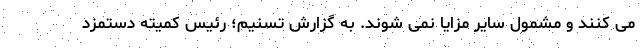
می کنند و مشمول سایر مزایا نمی شوند. به گزارش تسنیم؛ رئیس کمیته دستمزد